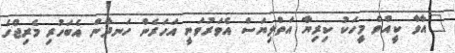
"އާވާ ކީއްވެ މީހަކު ކިރިޔާ އަތްލިޔަސް އެވަރުވަނީ އަހަރެން ހަނދާން އެބަހުރި މެރިޖްގެ